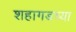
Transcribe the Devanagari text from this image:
शहागडच्या